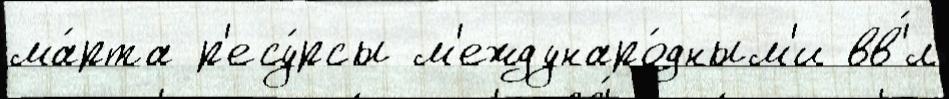
ма́рта р'есу́рсы м'еждунаро́дным'и вв'́л